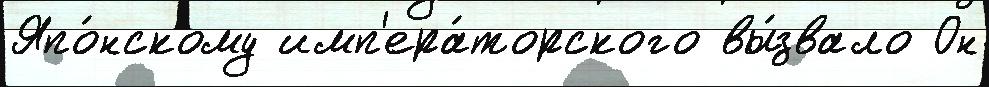
Япо́нскому имп'ера́торского вы́звало Он